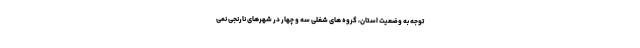
توجه به وضعیت استان، گروه های شغلی سه و چهار در شهرهای نارنجی نمی